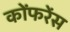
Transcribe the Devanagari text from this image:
कोंफरेंस